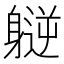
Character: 𫏮